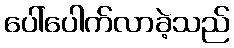
ပေါ်ပေါက်လာခဲ့သည်